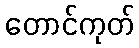
တောင်ကုတ်